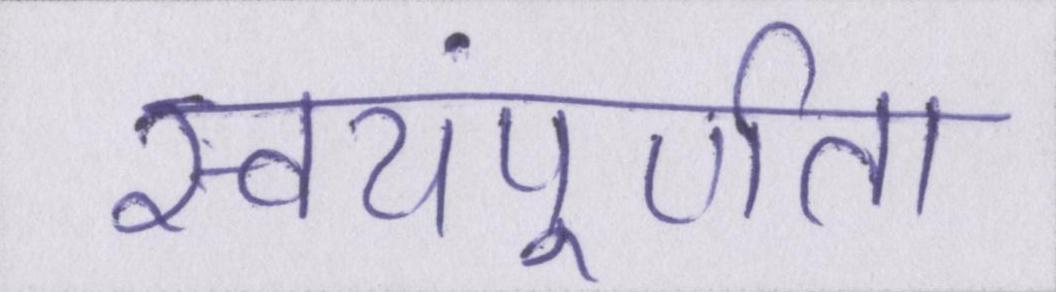
स्वयंपूर्णता